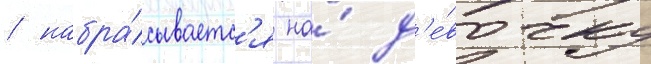
/ набра́сываетс'я на́ д'е́вочку